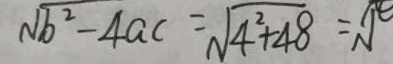
\sqrt { b ^ { 2 } - 4 a c } = \sqrt { 4 ^ { 2 } + 4 8 } =